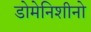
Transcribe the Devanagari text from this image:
डोमेनिशीनो